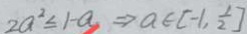
2 a ^ { 2 } \leq 1 - a \Rightarrow a \in [ - 1 , \frac { 1 } { 2 } ]